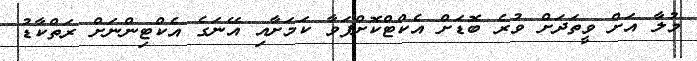
މުލާ އަށް ވީތަދަށް ވުރެ ބޮޑަށް އެކްޓްކޮށްފަވާ ކަމަށާއި އޭނަގެ އެކްޓިންނަށް ރަތްކާޑު